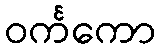
ဝင်္ကကော